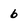
Character: 6